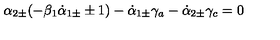
\alpha _ { 2 \pm } ( - \beta _ { 1 } \dot { \alpha } _ { 1 \pm } \pm 1 ) - \dot { \alpha } _ { 1 \pm } \gamma _ { a } - \dot { \alpha } _ { 2 \pm } \gamma _ { c } = 0